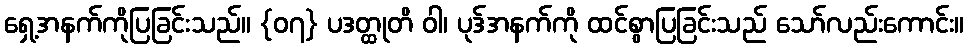
ရှေ့အနက်ကိုပြခြင်းသည်။ {၀၇} ပဒတ္ထုတိ ဝါ၊ ပုဒ်အနက်ကို ထင်စွာပြခြင်းသည် သော်လည်းကောင်း။